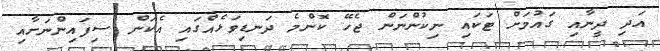
އަދި ދީނާއި ގައުމަށް ޓަކައި ނިކުންނަން ޖެހޭ ކޮންމެ ދަނޑިވަޅެއްގައި އެކަން ސިފައިންނަށާއި